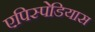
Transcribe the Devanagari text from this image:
एपिस्पेडियास